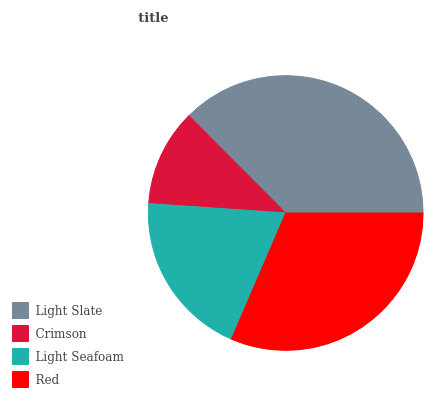
| Light Slate | Crimson | Light Seafoam | Red |
 | --- | --- | --- | --- |
 | 37.4% | 11.5% | 19.6% | 31.5% |